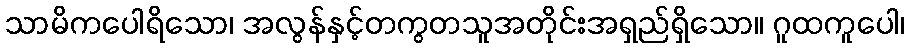
သာမိကပေါရိသော၊ အလွန်နှင့်တကွတသူအတိုင်းအရှည်ရှိသော။ ဂူထကူပေါ၊